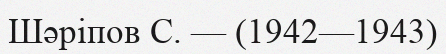
Шәріпов С. — (1942—1943)